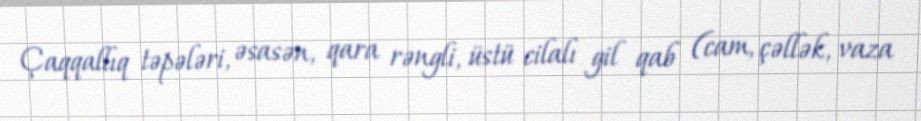
Çaqqallıq təpələri, əsasən, qara rəngli, üstü cilalı gil qab (cam, çəllək, vaza